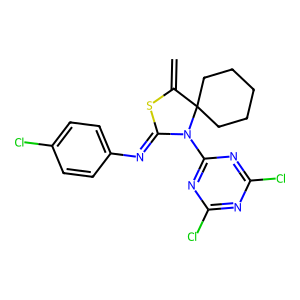
SMILES: C=C1SC(=Nc2ccc(Cl)cc2)N(c2nc(Cl)nc(Cl)n2)C12CCCCC2
Inhibits HIV replication: No